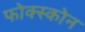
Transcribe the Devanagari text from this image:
फोक्स्कोन